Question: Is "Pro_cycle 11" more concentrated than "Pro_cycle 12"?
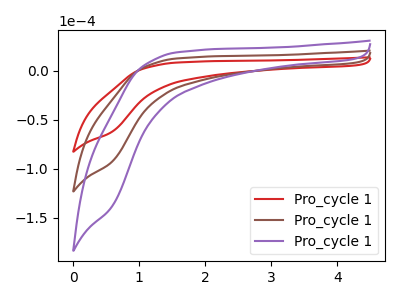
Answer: <think>The red curve "Pro_cycle 11" has no peaks. The brown curve "Pro_cycle 12" has no peaks. The purple curve "Pro_cycle 13" has no peaks.
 Neither "Pro_cycle 11" or "Pro_cycle 12" have any peaks.</think>
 <answer>I cant tell if "Pro_cycle 11" or "Pro_cycle 12" has higher concentration.</answer>
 <eval>mixed_concentration</eval>